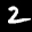
Label: 2